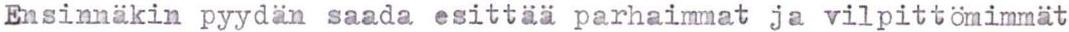
Ensinnäkin pyydän saada esittää parhaimmat ja vilpittömimmät